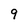
Character: 9